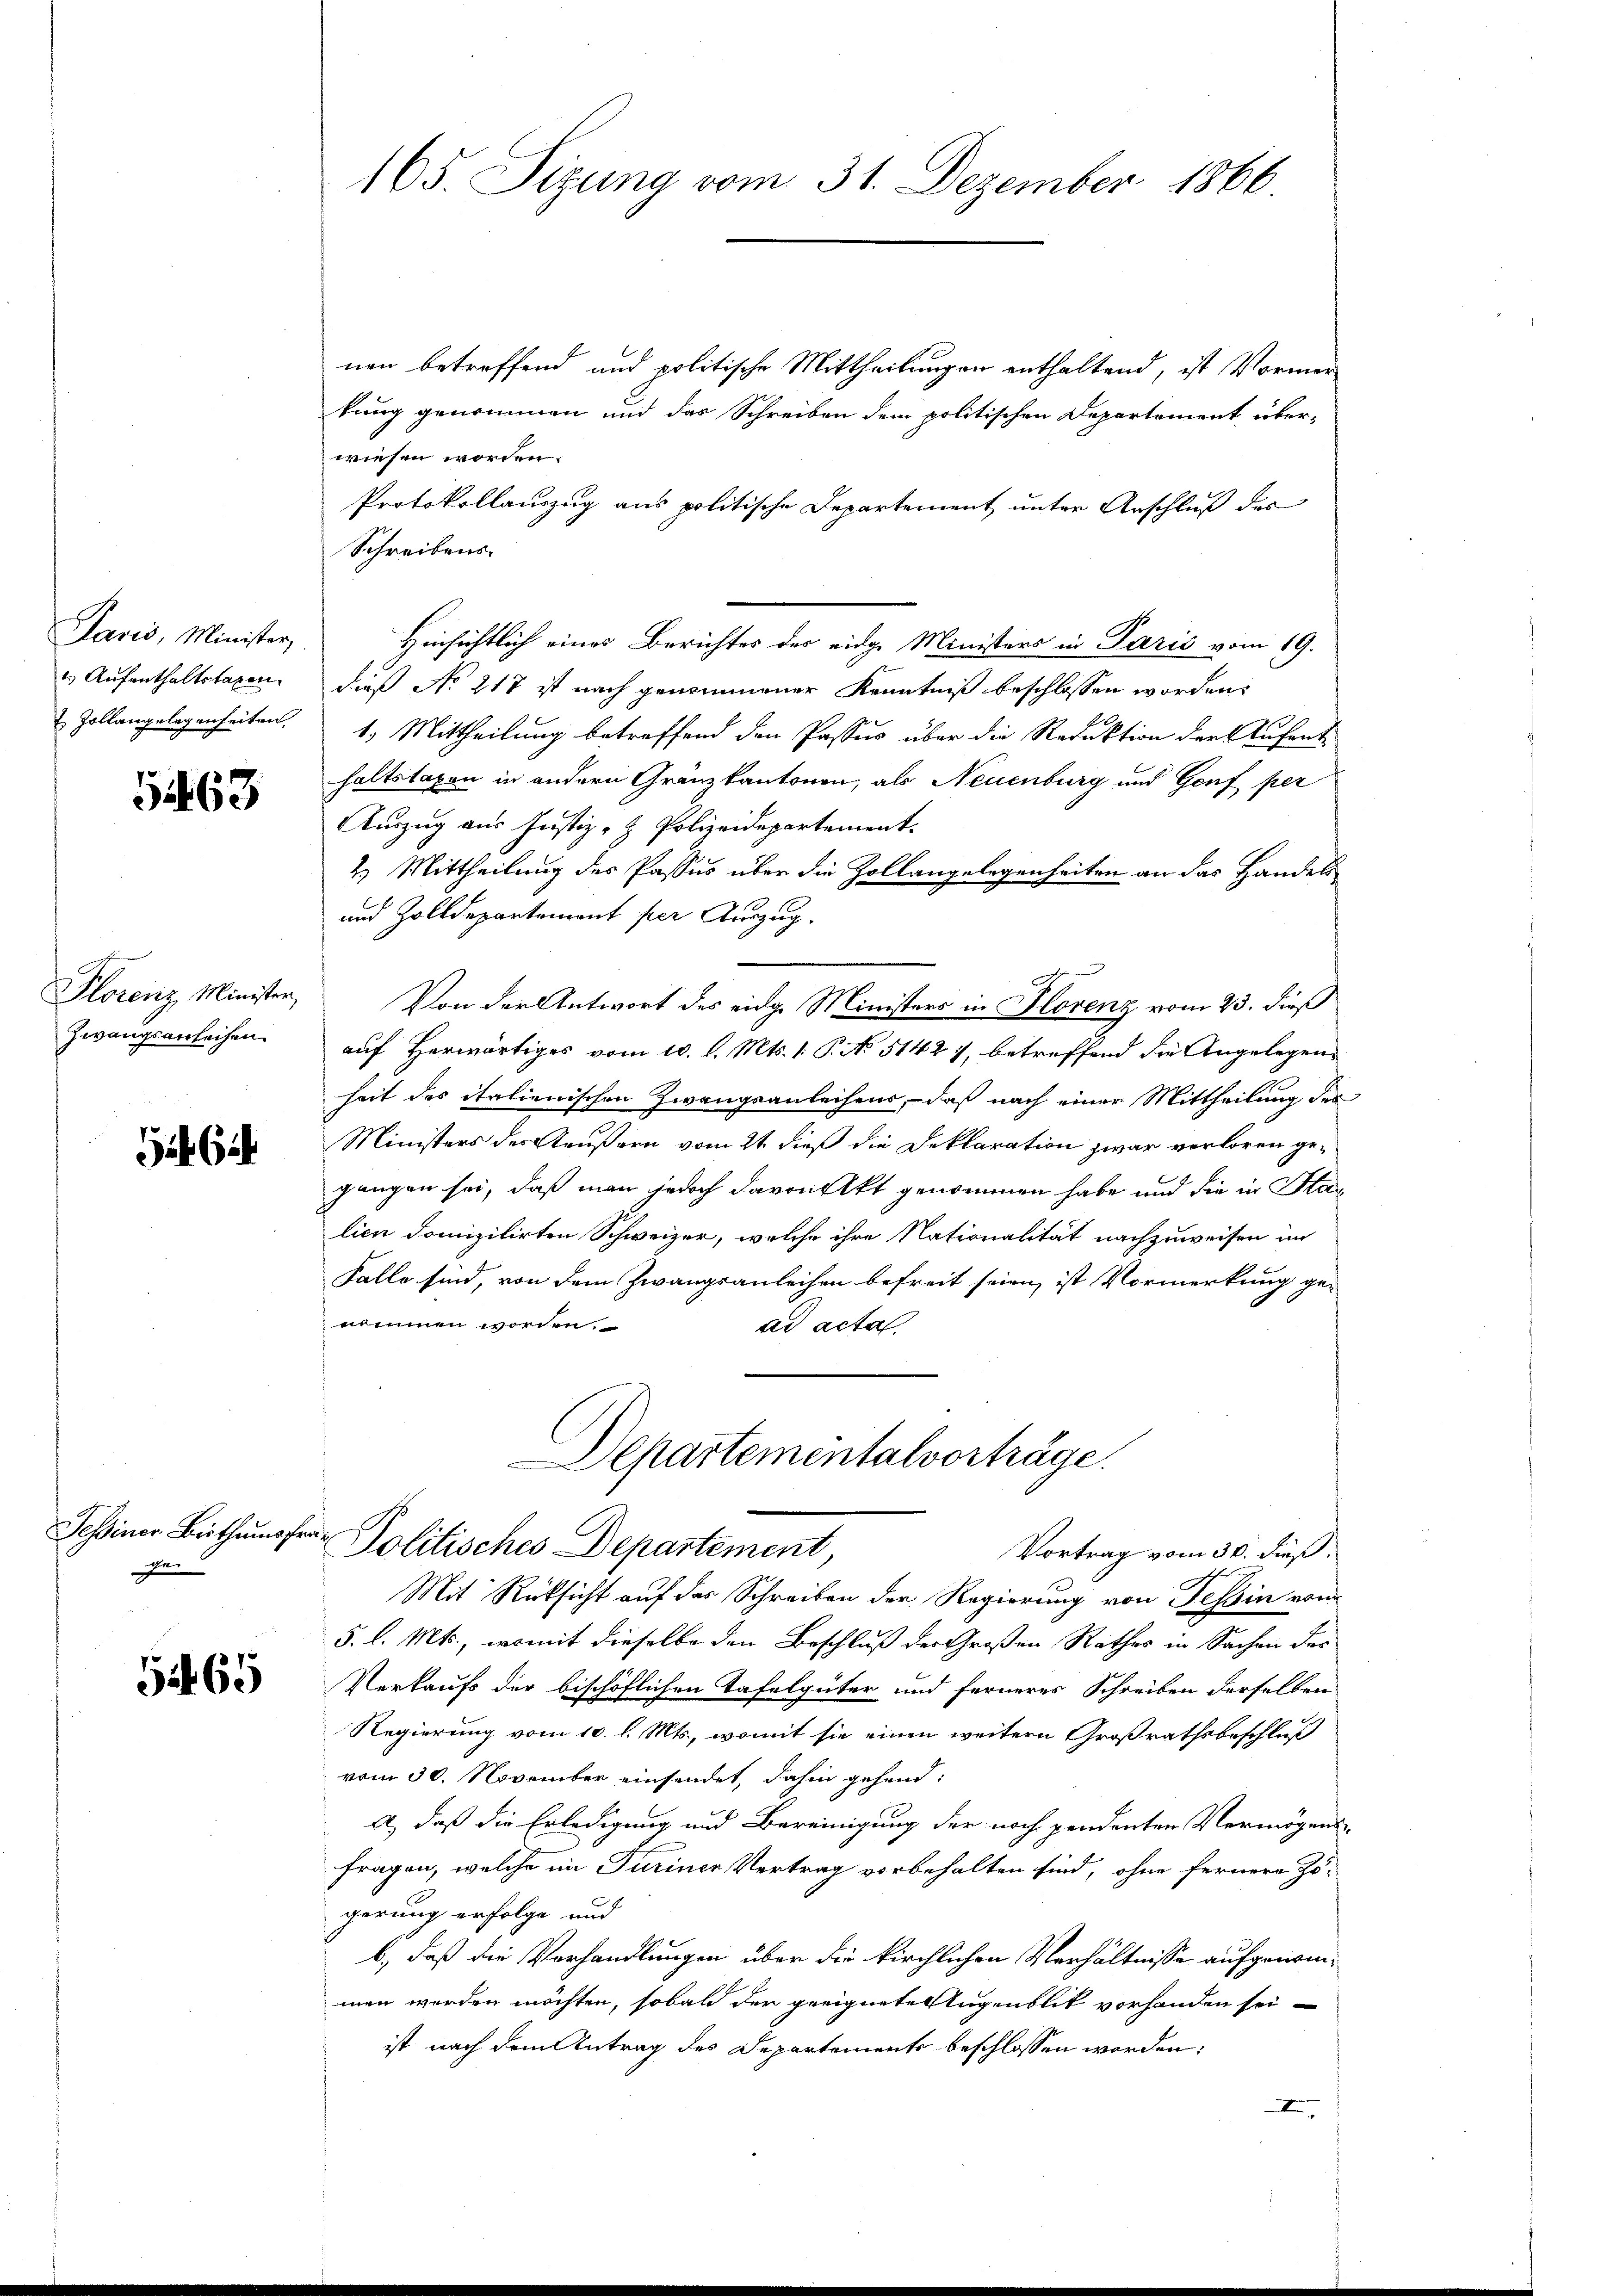
Javis, Minister,
2) Aufenthaltstagen.
Zollangelegenheiten,

1263

Plorenz Minister,
Zwangsanleihen.

G 62

Sessiner Bisthausp
ge

569

165. Sizung vom 31. Dezember 1866

nen betreffend und politische Mittheilungen enthaltend, ist Vormerkung genommen und das Schreiben dem politischen Departement überwiesen worden.
Protokollauszug aus politische Departement unter Anschluß des
Schreibens.
Hinsichtlich eines Berichtes des eidge Ministers in Paris vom 19.
dieß No 217 ist nach genommener Kenntniß beschlossen worden,
1. Mittheilung betreffend den Passus über die Reduktion der Aufent-
haltstaxen in andern Granzkantonen, als Neuenburg und Genf per
Auszug aus Justiz- & Polizeidepartement.
2.) Mittheilung des Passus über die Zollangelegenheiten an das Handels
und Zolldepartement per Auszug.

Von der Antwort des eidge Ministers in Florenz vom 23. dieß
auf Herwärtiges vom 10. d. Mts. 1. P. No 5142 7, betreffend die Angelegen-
heit des italienischen Zwangsanleihens, daß nach einer Mittheilung des
Ministers des Aeußern vom 21. dieß die Reklaration zwar verloren gegangen sei, daß man jedoch davon Akt genommen habe und die in Stan
lien domizilirten Schweizer, welche ihre Nationalität nachzuweisen in
Falle sind, von dem Zwangsanleihen befreit seien, ist Vormerkung genommen worden.
ad acta
Departementalvorträge.
t
Politisches Departement,
Vortrag vom 30. dieß.
Mit Rücksicht auf das Schreiben der Regierung von Tessin erin
5. l. Mts., womit dieselbe den Beschluß der Großen Rathes in Sachen der
Verkaufs der bischöflichen Tafelgüter und ferneres Schreiben derselben
Regierung vom 10. l. Mts., womit sie einen weitern Großrathsbeschluß
vom 30. November einsendet, dahin gehend:
a, daß die Erledigung und Bereinigung der noch pendenten Vermögens-
fragen, welche im Turinen Vertrag vorbehalten sind, ohne fernere Zo
gerung erfolge und
b., daß die Verhandlungen über die kirchlichen Verhältnisse aufgenommen werden möchten, sobald der geeignete Augenblik vorhanden sei
ist nach dem Antrag des Departemente beschlossen worden;
I